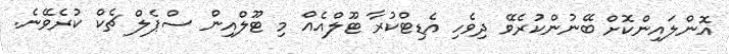
އޮންލައިންކޮށް ބޭނުންކުރެވޭ ދިވެހި އެޑިޓްކުރާ ޓޫލްއެއް މި ޓޫލްއިން ސްޕެލް ޗެކް ކުރެވޭނެ.